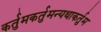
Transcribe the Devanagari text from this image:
कर्तुमकर्तुमन्यथाकर्तुम